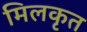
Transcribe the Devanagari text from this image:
मिलकृत